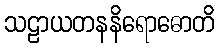
သဠာယတနနိရောဓောတိ